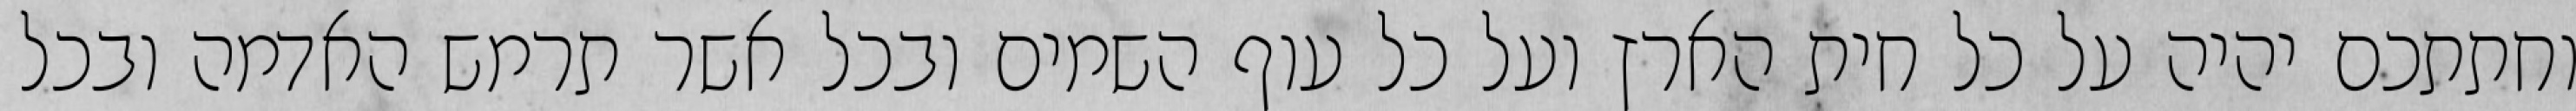
וחתתכם יהיה על כל חית הארץ ועל כל עוף השמים ובכל אשר תרמש האדמה ובכל